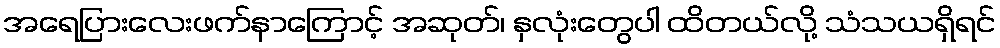
အရေပြားလေးဖက်နာကြောင့် အဆုတ်၊ နှလုံးတွေပါ ထိတယ်လို့ သံသယရှိရင်